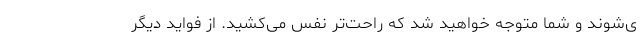
ی‌شوند و شما متوجه خواهید شد که راحت‌تر نفس می‌کشید. از فواید دیگر